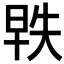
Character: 𬀵